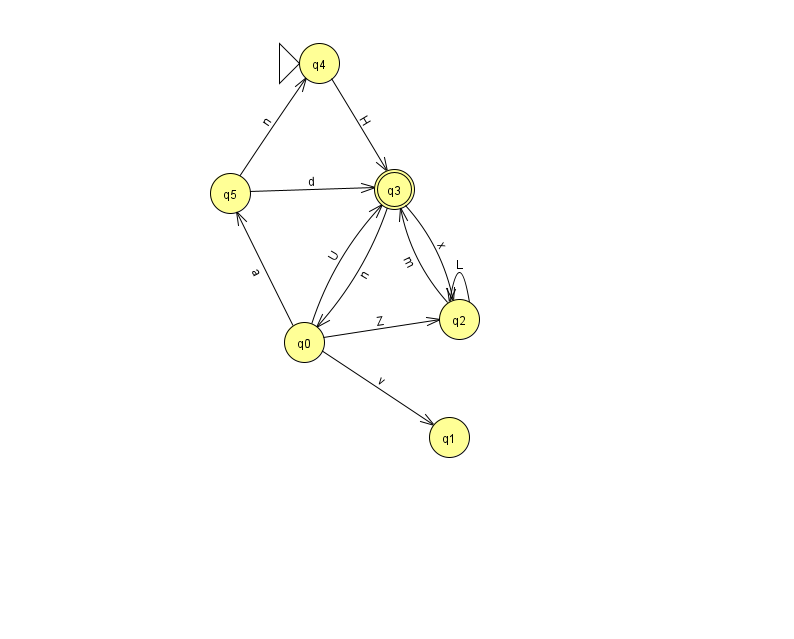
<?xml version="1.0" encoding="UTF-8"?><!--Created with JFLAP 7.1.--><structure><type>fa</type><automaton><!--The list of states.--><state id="0" name="q0"><x>304.0</x><y>329.0</y></state><state id="1" name="q1"><x>449.0</x><y>424.0</y></state><state id="2" name="q2"><x>459.0</x><y>306.0</y></state><state id="3" name="q3"><x>394.0</x><y>176.0</y><final/></state><state id="4" name="q4"><x>319.0</x><y>50.0</y><initial/></state><state id="5" name="q5"><x>230.0</x><y>180.0</y></state><!--The list of transitions.--><transition><from>0</from><to>2</to><read>Z</read></transition><transition><from>3</from><to>0</to><read>n</read></transition><transition><from>5</from><to>4</to><read>n</read></transition><transition><from>0</from><to>5</to><read>a</read></transition><transition><from>2</from><to>3</to><read>m</read></transition><transition><from>0</from><to>3</to><read>U</read></transition><transition><from>0</from><to>1</to><read>v</read></transition><transition><from>2</from><to>2</to><read>L</read></transition><transition><from>3</from><to>2</to><read>x</read></transition><transition><from>5</from><to>3</to><read>d</read></transition><transition><from>4</from><to>3</to><read>H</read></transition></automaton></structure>